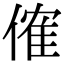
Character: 傕